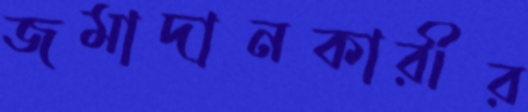
জমাদানকারীর